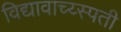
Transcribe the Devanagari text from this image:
विद्यावाच्य्स्पती